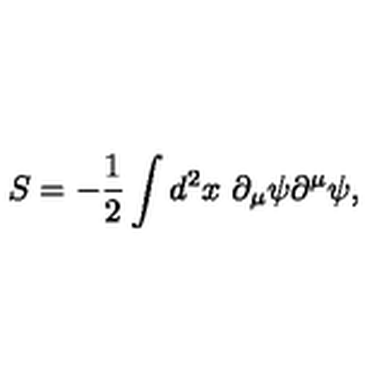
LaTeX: S = - { \frac { 1 } { 2 } } \int d ^ { 2 } x \ \partial _ { \mu } \psi \partial ^ { \mu } \psi ,